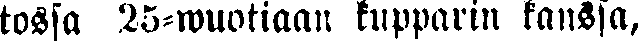
tossa 25-wuotiaan kupparin kanssa,